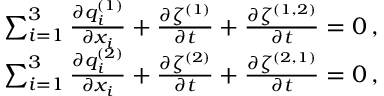
\begin{array} { r } { \sum _ { i = 1 } ^ { 3 } \frac { \partial { q _ { i } ^ { ( 1 ) } } } { \partial { x _ { i } } } + \frac { \partial { \zeta ^ { ( 1 ) } } } { \partial { t } } + \frac { \partial { \zeta ^ { ( 1 , 2 ) } } } { \partial { t } } = 0 \, , } \\ { \sum _ { i = 1 } ^ { 3 } \frac { \partial { q _ { i } ^ { ( 2 ) } } } { \partial { x _ { i } } } + \frac { \partial { \zeta ^ { ( 2 ) } } } { \partial { t } } + \frac { \partial { \zeta ^ { ( 2 , 1 ) } } } { \partial { t } } = 0 \, , } \end{array}